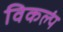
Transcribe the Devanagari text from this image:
विकल्पं